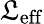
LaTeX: \mathfrak{L}_{\mathrm{{eff}}}